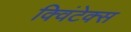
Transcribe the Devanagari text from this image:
क्विंटेक्स